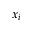
x _ { i }